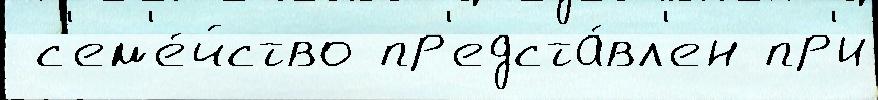
 с'ем'е́йство пр'едста́вл'ен пр'и